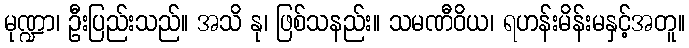
မုဏ္ဍာ၊ ဦးပြည်းသည်။ အသိ နု၊ ဖြစ်သနည်း။ သမဏီဝိယ၊ ရဟန်းမိန်းမနှင့်အတူ။